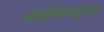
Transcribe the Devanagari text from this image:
अॅडमिनिस्ट्रेशन